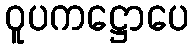
ဝူပကဋ္ဌောပေ